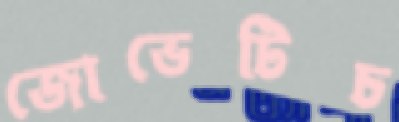
জোভেটিচ